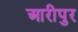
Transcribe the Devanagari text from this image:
आरीपुर